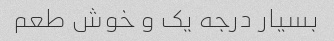
بسیار درجه یک و خوش طعم